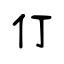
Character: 仃